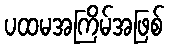
ပထမအကြိမ်အဖြစ်